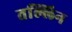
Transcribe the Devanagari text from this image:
तल्लिन